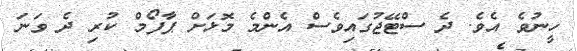
ހީނުވެ އެވެ. ދެ ސްޓޭޖުގައިވެސް އެންމެ މޮޅަށް ޕާފޯމް ކުރި ދެ ވަނަ